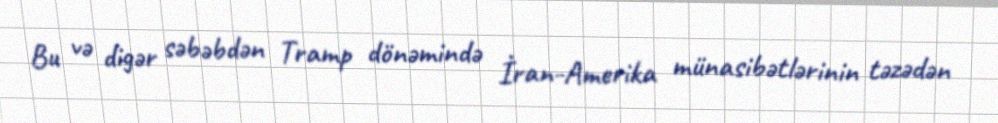
Bu və digər səbəbdən Tramp dönəmində İran-Amerika münasibətlərinin təzədən